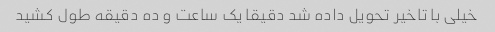
خیلی با تاخیر تحویل داده شد دقیقا یک ساعت و ده دقیقه طول کشید